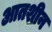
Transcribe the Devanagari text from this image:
आतशीन